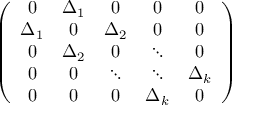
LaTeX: \left( \begin{array} { c c c c c } { { 0 } } & { { \Delta _ { 1 } } } & { { 0 } } & { { 0 } } & { { 0 } } \\ { { \Delta _ { 1 } } } & { { 0 } } & { { \Delta _ { 2 } } } & { { 0 } } & { { 0 } } \\ { { 0 } } & { { \Delta _ { 2 } } } & { { 0 } } & { { \ddots } } & { { 0 } } \\ { { 0 } } & { { 0 } } & { { \ddots } } & { { \ddots } } & { { \Delta _ { k } } } \\ { { 0 } } & { { 0 } } & { { 0 } } & { { \Delta _ { k } } } & { { 0 } } \end{array} \right)